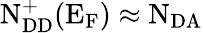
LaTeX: \mathrm{N_{DD}^{+}(E_{F})\approx N_{DA}}